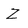
Character: Z